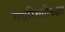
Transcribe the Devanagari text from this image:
सद्यस्थितीबद्दल